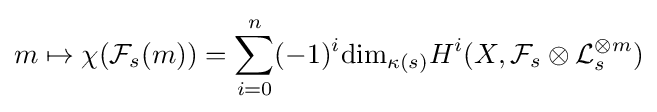
m\mapsto \chi ({\mathcal {F}}_{s}(m))=\sum _{i=0}^{n}(-1)^{i}{\text{dim}}_{\kappa (s)}H^{i}(X,{\mathcal {F}}_{s}\otimes {\mathcal {L}}_{s}^{\otimes m})